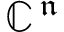
\mathbb { C } ^ { { \, \mathfrak { n } \, } }